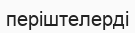
періштелерді